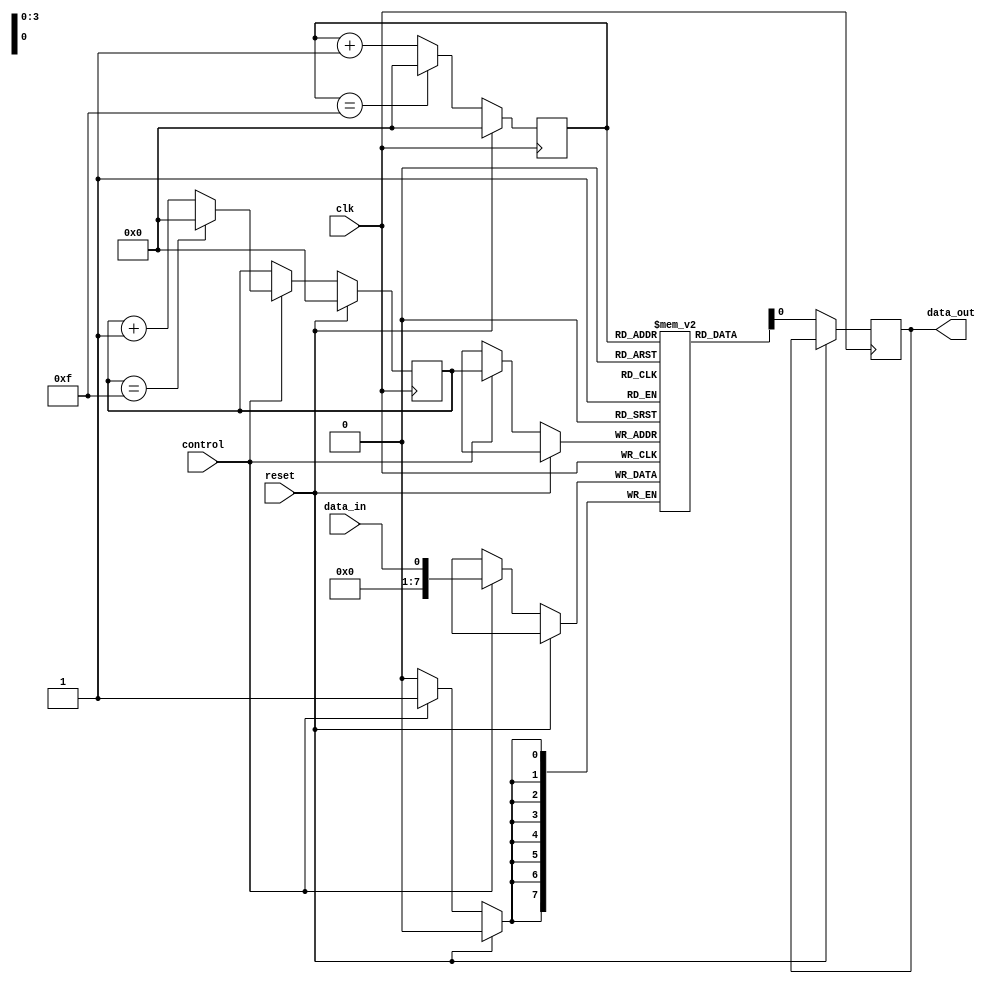
module fifo_buffer (
    input wire clk,
    input wire reset,
    input wire control,
    input wire data_in,
    output reg data_out
);

reg [7:0] fifo_buffer [0:15];
reg [3:0] read_pointer;
reg [3:0] write_pointer;

always @(posedge clk) begin
    
    if (reset) begin
        read_pointer <= 4'b0000;
        write_pointer <= 4'b0000;
    end else begin
        if (control) begin
            fifo_buffer[write_pointer] <= data_in;
            write_pointer <= write_pointer + 1;
            if (write_pointer == 4'b1111) begin
                write_pointer <= 4'b0000;
            end
        end
        
        data_out <= fifo_buffer[read_pointer];
        read_pointer <= read_pointer + 1;
        if (read_pointer == 4'b1111) begin
            read_pointer <= 4'b0000;
        end
    end
end

endmodule